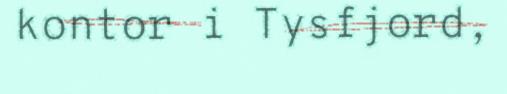
kontor i Tysfjord,